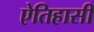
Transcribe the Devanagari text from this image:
ऐतिहासी